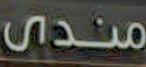
مندى